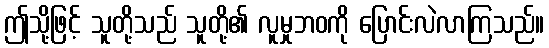
ဤသို့ဖြင့် သူတို့သည် သူတို့၏ လူမှုဘဝကို ပြောင်းလဲလာကြသည်။